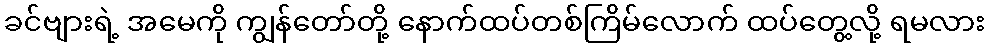
ခင်ဗျားရဲ့ အမေကို ကျွန်တော်တို့ နောက်ထပ်တစ်ကြိမ်လောက် ထပ်တွေ့လို့ ရမလား